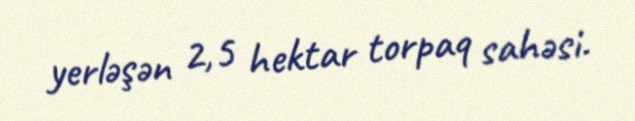
yerləşən 2,5 hektar torpaq sahəsi.